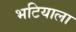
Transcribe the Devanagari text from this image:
भटियाला